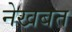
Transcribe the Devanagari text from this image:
नेखबत